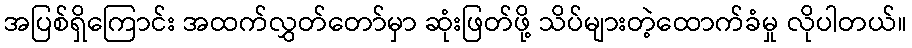
အပြစ်ရှိကြောင်း အထက်လွှတ်တော်မှာ ဆုံးဖြတ်ဖို့ သိပ်များတဲ့ထောက်ခံမှု လိုပါတယ်။